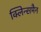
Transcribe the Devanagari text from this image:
क्लिन्समैन